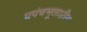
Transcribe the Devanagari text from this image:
प्रपंचभूताऽस्मि